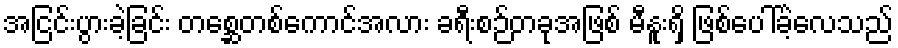
အငြင်းပွားခဲ့ခြင်း တစ္ဆေတစ်ကောင်အလား ခရီးစဉ်တခုအဖြစ် မီနူးရှိ ဖြစ်ပေါ်ခဲ့လေသည်